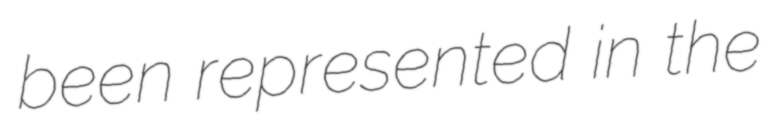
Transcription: been represented in the